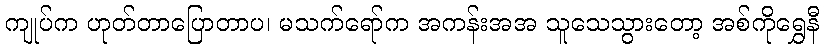
ကျုပ်က ဟုတ်တာပြောတာပ၊ မသက်ရော်က အကန်းအအ သူသေသွားတော့ အစ်ကိုရွှေနီ